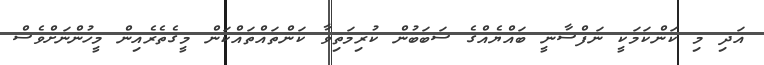
އަދި މި ކަންކަމަކީ ނަފްސާނީ ބައްޔެއްގެ ސަބަބުން ކުރިމަތިވާ ކަންތައްތައްކަން މީގެތެރެއިން މީހުންނަށްވެސް